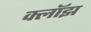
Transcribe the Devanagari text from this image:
क्लॉझ